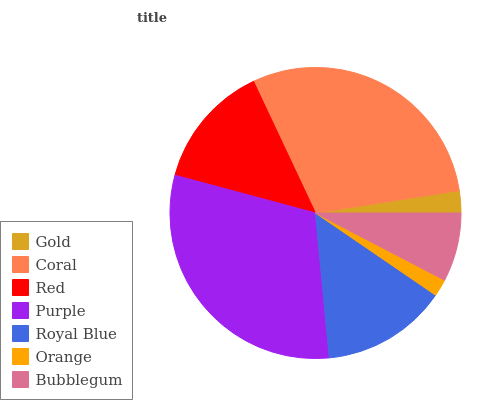
| Gold | Coral | Red | Purple | Royal Blue | Orange | Bubblegum |
 | --- | --- | --- | --- | --- | --- | --- |
 | 2.46% | 29.6% | 13.8% | 30.7% | 13.9% | 1.91% | 7.63% |